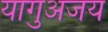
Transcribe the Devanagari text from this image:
यागुअजय